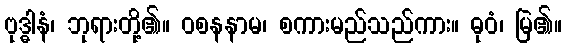
ဗုဒ္ဓါနံ၊ ဘုရားတို့၏။ ဝစနနာမ၊ စကားမည်သည်ကား။ ဓုဝံ၊ မြဲ၏။